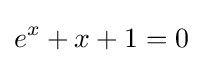
e^{x}+x+1=0